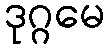
ဒုဂ္ဂမေ